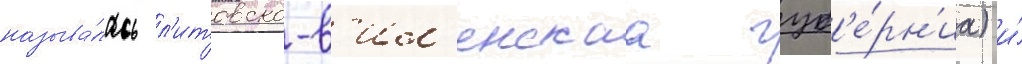
называ́лась л'итовско-в'ил'енскаа губ'е́рн'иа) и́